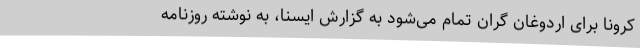
کرونا برای اردوغان گران تمام می‌شود به گزارش ایسنا، به نوشته روزنامه